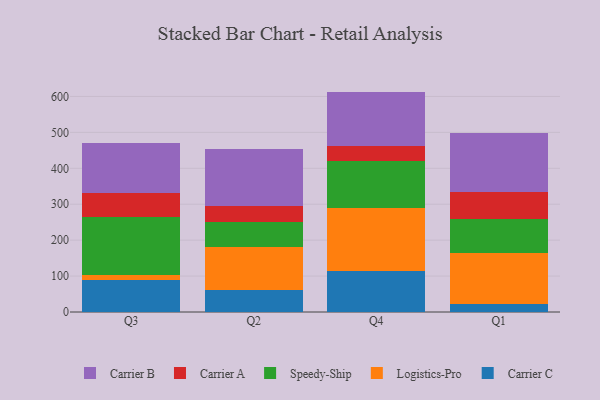
{"axis": {"x": "Quarter", "y": "Page Views"}, "legend": ["Carrier A", "Carrier B", "Carrier C", "Logistics-Pro", "Speedy-Ship"], "data": [{"x": "Q3", "y": 88.8, "type": "Carrier C"}, {"x": "Q3", "y": 14.0, "type": "Logistics-Pro"}, {"x": "Q3", "y": 160.4, "type": "Speedy-Ship"}, {"x": "Q3", "y": 69.0, "type": "Carrier A"}, {"x": "Q3", "y": 139.0, "type": "Carrier B"}, {"x": "Q2", "y": 62.3, "type": "Carrier C"}, {"x": "Q2", "y": 119.0, "type": "Logistics-Pro"}, {"x": "Q2", "y": 68.2, "type": "Speedy-Ship"}, {"x": "Q2", "y": 46.2, "type": "Carrier A"}, {"x": "Q2", "y": 158.2, "type": "Carrier B"}, {"x": "Q4", "y": 114.4, "type": "Carrier C"}, {"x": "Q4", "y": 174.2, "type": "Logistics-Pro"}, {"x": "Q4", "y": 132.1, "type": "Speedy-Ship"}, {"x": "Q4", "y": 42.2, "type": "Carrier A"}, {"x": "Q4", "y": 150.6, "type": "Carrier B"}, {"x": "Q1", "y": 21.9, "type": "Carrier C"}, {"x": "Q1", "y": 143.6, "type": "Logistics-Pro"}, {"x": "Q1", "y": 92.7, "type": "Speedy-Ship"}, {"x": "Q1", "y": 76.0, "type": "Carrier A"}, {"x": "Q1", "y": 163.2, "type": "Carrier B"}]}